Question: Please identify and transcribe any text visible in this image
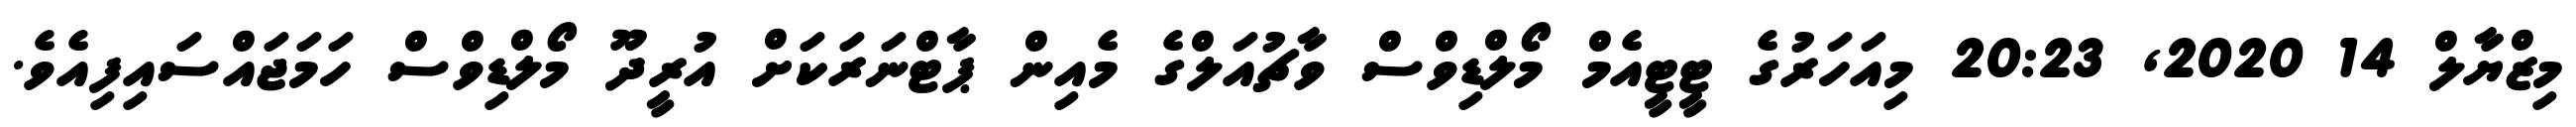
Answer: މިޒްޔާލް 14 2020, 20:23 މިއަހަރުގެ ޓީޓީއެމް މޯލްޑިވްސް ވާޗުއަލްގެ މެއިން ޕާޓްނަރަކަށް އުރީދޫ މޯލްޑިވްސް ހަމަޖައްސައިފިއެވެ.